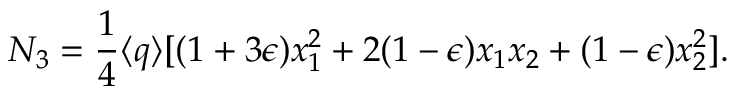
N _ { 3 } = \frac { 1 } { 4 } \langle q \rangle [ ( 1 + 3 \epsilon ) x _ { 1 } ^ { 2 } + 2 ( 1 - \epsilon ) x _ { 1 } x _ { 2 } + ( 1 - \epsilon ) x _ { 2 } ^ { 2 } ] .